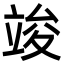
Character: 竣